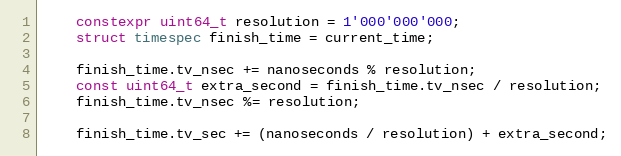
Language: C++
    constexpr uint64_t resolution = 1'000'000'000;
    struct timespec finish_time = current_time;

    finish_time.tv_nsec += nanoseconds % resolution;
    const uint64_t extra_second = finish_time.tv_nsec / resolution;
    finish_time.tv_nsec %= resolution;

    finish_time.tv_sec += (nanoseconds / resolution) + extra_second;